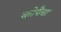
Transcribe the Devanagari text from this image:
कोपैबा